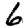
Digit: 6